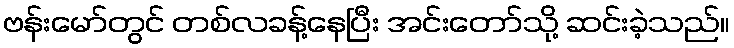
ဗန်းမော်တွင် တစ်လခန့်နေပြီး အင်းတော်သို့ ဆင်းခဲ့သည်။